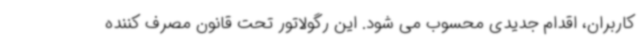
کاربران، اقدام جدیدی محسوب می شود. این رگولاتور تحت قانون مصرف کننده